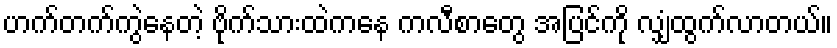
ဟက်တက်ကွဲနေတဲ့ ဗိုက်သားထဲကနေ ကလီစာတွေ အပြင်ကို လျှံထွက်လာတယ်။